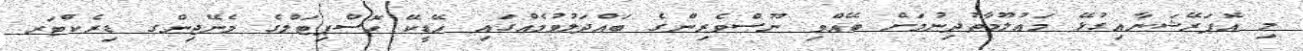
މި އޮޕަރޭޝަނާއިގުޅޭ މަޢުލޫމާތުދިނުމަށް ބޭއްވި ނޫސްވެރިންގެ ބައްދަލުވުމެއްގައި އޭޑީކޭ ހޮސްޕިޓަލްގެ މެނޭޖިންގ ޑިރެކްޓަރ